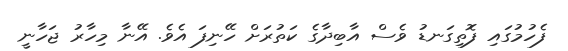
ފެހުމުގައި ފޮތިގަނޑު ވެސް އާބިދާގެ ކަތުރަށް ހޭނިފަ އެވެ. އޭނާ މިހާރު ޖަހާނީ